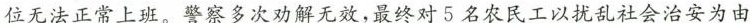
位无法正常上班。警察多次劝解无效，最终对5名农民工以扰乱社会治安为由